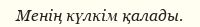
Менің күлкім қалады.